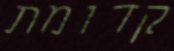
קדומת